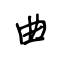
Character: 曲